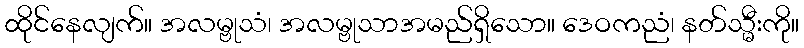
ထိုင်နေလျက်။ အလမ္ဗုသံ၊ အလမ္ဗုသာအမည်ရှိသော။ ဒေဝကညံ၊ နတ်သ္မီးကို။